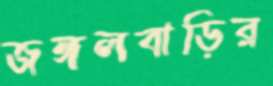
জঙ্গলবাড়ির